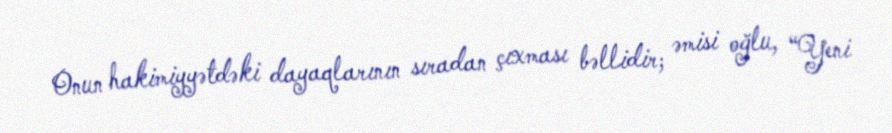
Onun hakimiyyətdəki dayaqlarının sıradan çıxması bəllidir; əmisi oğlu, “Yeni